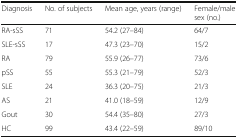
<table><thead><tr><td><b>Diagnosis</b></td><td><b>No. of subjects</b></td><td><b>Mean age, years (range)</b></td><td><b>Female/male sex (no.)</b></td></tr></thead><tbody><tr><td>RA-sSS</td><td>71</td><td>54.2 (27–84)</td><td>64/7</td></tr><tr><td>SLE-sSS</td><td>17</td><td>47.3 (23–70)</td><td>15/2</td></tr><tr><td>RA</td><td>79</td><td>55.9 (26–77)</td><td>73/6</td></tr><tr><td>pSS</td><td>55</td><td>55.3 (21–79)</td><td>52/3</td></tr><tr><td>SLE</td><td>24</td><td>36.3 (20–75)</td><td>21/3</td></tr><tr><td>AS</td><td>21</td><td>41.0 (18–59)</td><td>12/9</td></tr><tr><td>Gout</td><td>30</td><td>54.4 (35–80)</td><td>27/3</td></tr><tr><td>HC</td><td>99</td><td>43.4 (22–59)</td><td>89/10</td></tr></tbody></table>